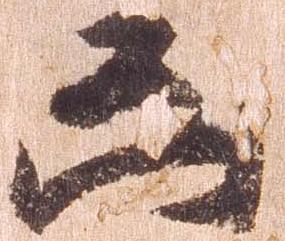
凶